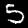
Digit: 5